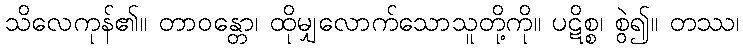
သိလေကုန်၏။ တာဝန္တော၊ ထိုမျှလောက်သောသူတို့ကို။ ပဋိစ္စ၊ စွဲ၍။ တဿ၊